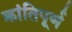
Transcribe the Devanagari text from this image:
क्रांतिपूर्ण